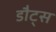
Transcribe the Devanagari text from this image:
डौट्स